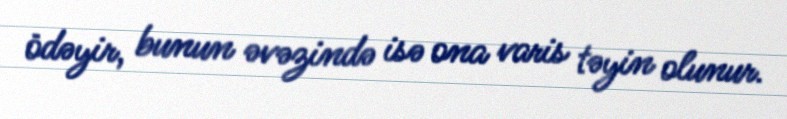
ödəyir, bunun əvəzində isə ona varis təyin olunur.